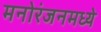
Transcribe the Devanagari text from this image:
मनोरंजनमध्ये